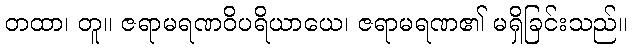
တထာ၊ တူ။ ဇရာမရဏဝိပရိယာယေ၊ ဇရာမရဏ၏ မရှိခြင်းသည်။